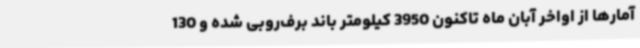
آمارها از اواخر آبان ماه تاکنون 3950 کیلومتر باند برف‌روبی شده و 130